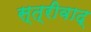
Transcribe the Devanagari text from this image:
स्त्रीवाद्